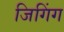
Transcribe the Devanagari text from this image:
जिगिंग